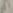
إنه